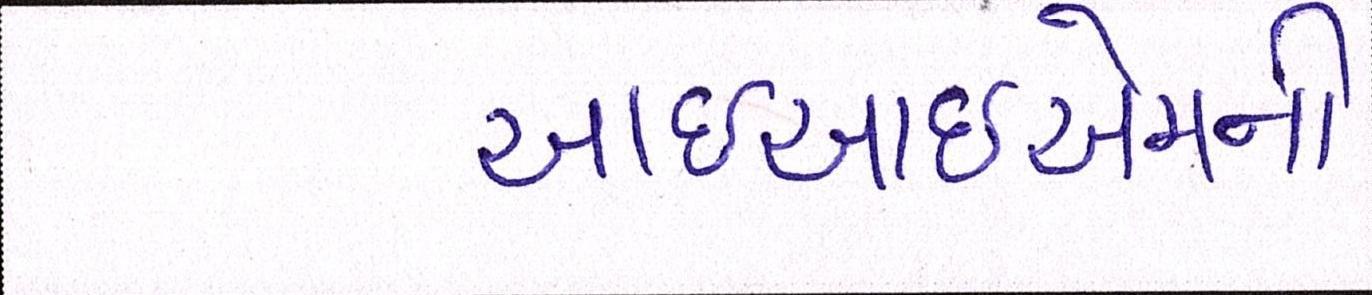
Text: આઇઆઇએમની